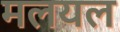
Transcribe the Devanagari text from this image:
मलयल